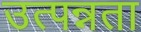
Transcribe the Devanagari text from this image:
उत्पन्नता